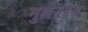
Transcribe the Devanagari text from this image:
मुल्लेनवेग